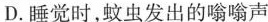
D. 睡觉时，蚊虫发出的嗡嗡声